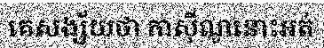
គេសង្ស័យថា កាស៊ីណូនោះអត់